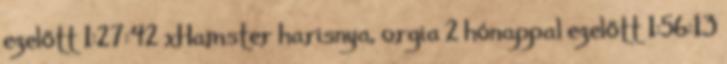
ezelőtt 1:27:42 xHamster harisnya, orgia 2 hónappal ezelőtt 1:56:13